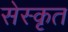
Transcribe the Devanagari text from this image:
सेस्कृत